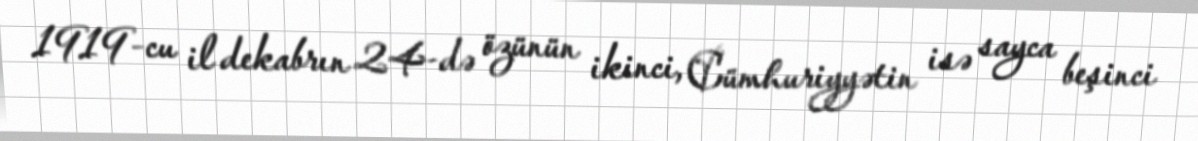
1919-cu il dekabrın 24-də özünün ikinci, Cümhuriyyətin isə sayca beşinci